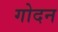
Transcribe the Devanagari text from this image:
गोदन